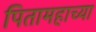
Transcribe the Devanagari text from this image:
पितामहाच्या